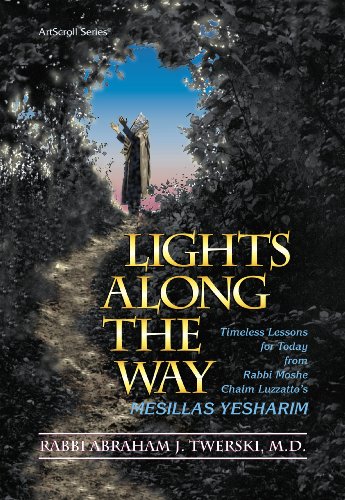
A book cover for Lights Along the Way: Timeless Lessons for Today from Rabbi Moshe Chaim Luzzatto's Mesillas Yesharim (ArtScroll (Mesorah)); Moshe Chayim Luzzatto; Religion & Spirituality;